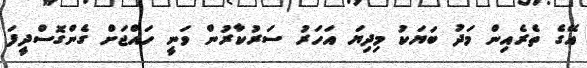
އޭގެ ތެރެއިން މަދު ބަޔަކު މިދިޔަ އަހަރު ސަރުކާރުން ވަނީ ހައްޖަށް ގެންގޮސްދީފަ